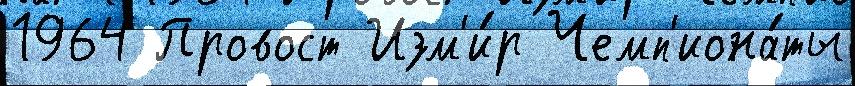
1964 Провост Изм'и́р Чемп'иона́ты